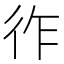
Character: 𢓓